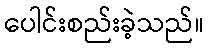
ပေါင်းစည်းခဲ့သည်။